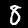
Label: 8